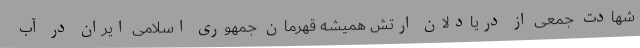
شهادت جمعی از دریادلان ارتش همیشه قهرمان جمهوری اسلامی ایران در آب